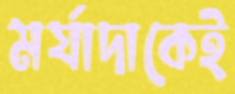
মর্যাদাকেই